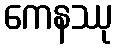
ကေနဿု